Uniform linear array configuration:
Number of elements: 24
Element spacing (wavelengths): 0.75
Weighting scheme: hamming
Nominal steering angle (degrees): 15
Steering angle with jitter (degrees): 15.634
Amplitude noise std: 0.05
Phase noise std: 0.05

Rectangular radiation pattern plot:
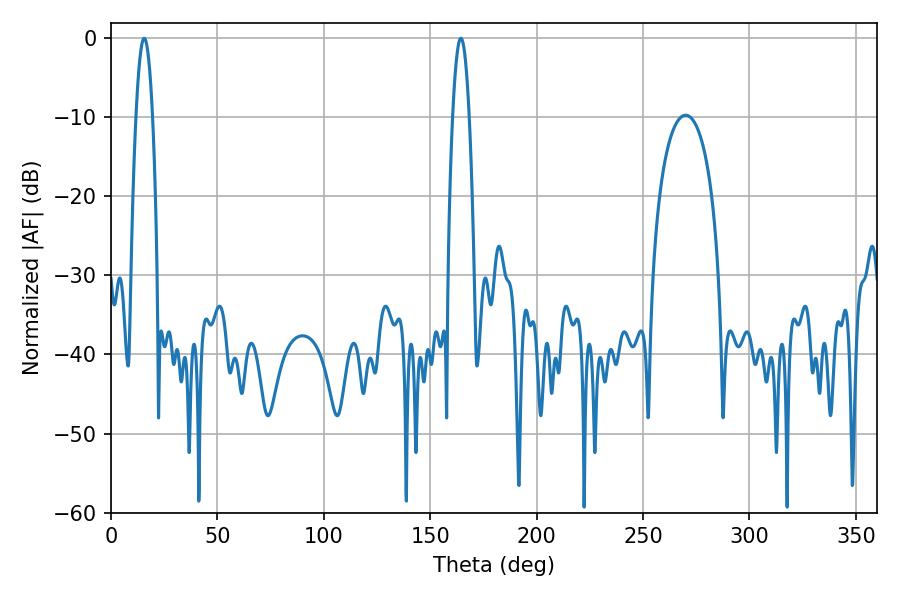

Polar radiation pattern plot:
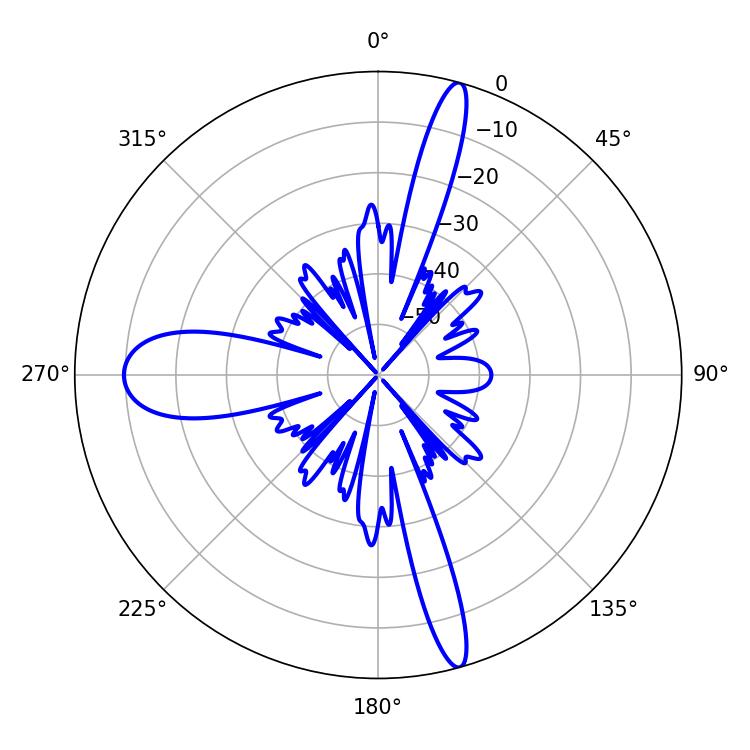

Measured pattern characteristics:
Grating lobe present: TRUE
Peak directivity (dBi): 20.934
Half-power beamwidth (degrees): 4.32
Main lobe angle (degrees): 15.66